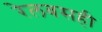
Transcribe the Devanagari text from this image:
रेलबसही